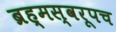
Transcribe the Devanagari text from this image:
ब्रह्मस्वरूपच